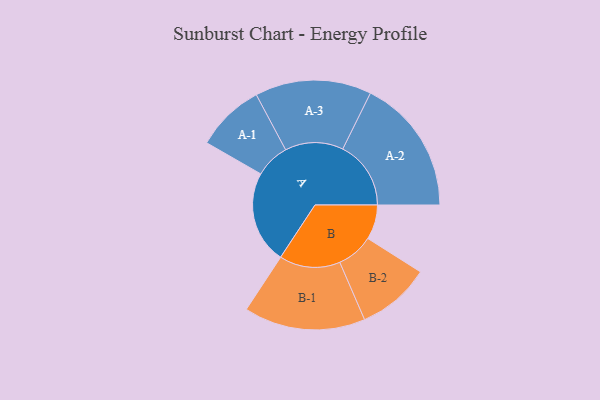
{"axis": {"x": "Segment", "y": "Value"}, "legend": ["", "A", "B"], "data": [{"x": "A", "y": 326, "type": ""}, {"x": "B", "y": 122, "type": ""}, {"x": "A-1", "y": 121, "type": "A"}, {"x": "A-2", "y": 240, "type": "A"}, {"x": "A-3", "y": 205, "type": "A"}, {"x": "B-1", "y": 214, "type": "B"}, {"x": "B-2", "y": 129, "type": "B"}]}